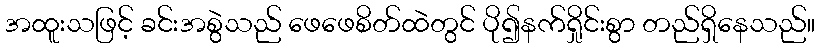
အထူးသဖြင့် ခင်းအစွဲသည် ဖေဖေစိတ်ထဲတွင် ပို၍နက်ရှိုင်းစွာ တည်ရှိနေသည်။